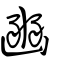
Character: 豳